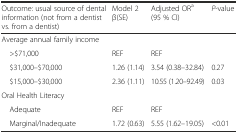
| Outcome: usual source of dental information (not from a dentist vs. from a dentist) | Model 2 β(SE) | Adjusted ORa (95 % CI) | P-value |
 | --- | --- | --- | --- |
 | Average annual family income |  |  |  |
 | >$71,000 | REF | REF |  |
 | $31,000–$70,000 | 1.26 (1.14) | 3.54 (0.38–32.84) | 0.27 |
 | $15,000–$30,000 | 2.36 (1.11) | 10.55 (1.20–92.49) | 0.03 |
 | Oral Health Literacy |  |  |  |
 | Adequate | REF | REF |  |
 | Marginal/Inadequate | 1.72 (0.63) | 5.55 (1.62–19.05) | <0.01 |